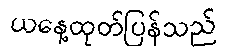
ယနေ့ထုတ်ပြန်သည်